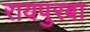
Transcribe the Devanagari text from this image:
रायपुरबा